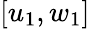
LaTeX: [u_{1},w_{1}]